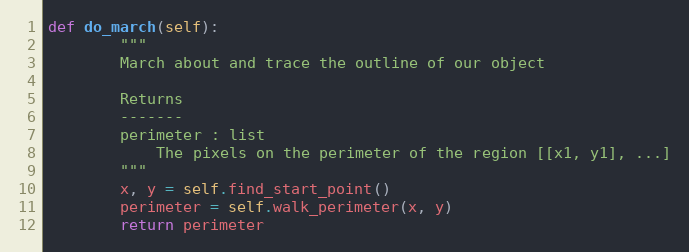
Language: Python
def do_march(self):
        """
        March about and trace the outline of our object

        Returns
        -------
        perimeter : list
            The pixels on the perimeter of the region [[x1, y1], ...]
        """
        x, y = self.find_start_point()
        perimeter = self.walk_perimeter(x, y)
        return perimeter